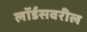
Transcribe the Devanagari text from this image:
लॉर्डसवरील